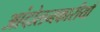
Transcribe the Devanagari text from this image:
आंदोलनकारीयाँ